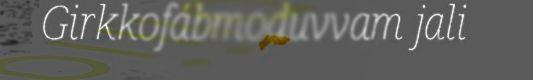
Girkkofábmoduvvam jali